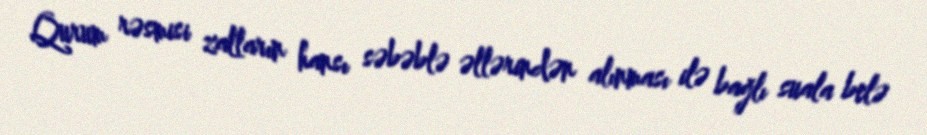
Qurum rəsmisi zalların hansı səbəblə əllərindən alınması ilə bağlı suala belə